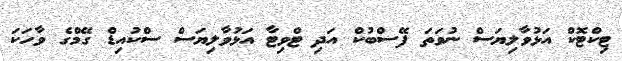
ޓިކްޓޮކް އަޅުވާލިޔަސް ނުވަތަ ފޭސްބުކް އަދި ޓްވިޓާ އަޅުވާލިޔަސް ސްކުއިޑް ގޭމްގެ ވާހަކަ